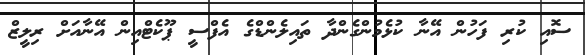
ސޮއި ކުރި ފަހުން އޭނާ ކުޅެމުންގެންދާ ތައިލެންޑްގެ އެފްސީ ޕޫކެޓްއިން އޭނާއަށް ރިލީޒް